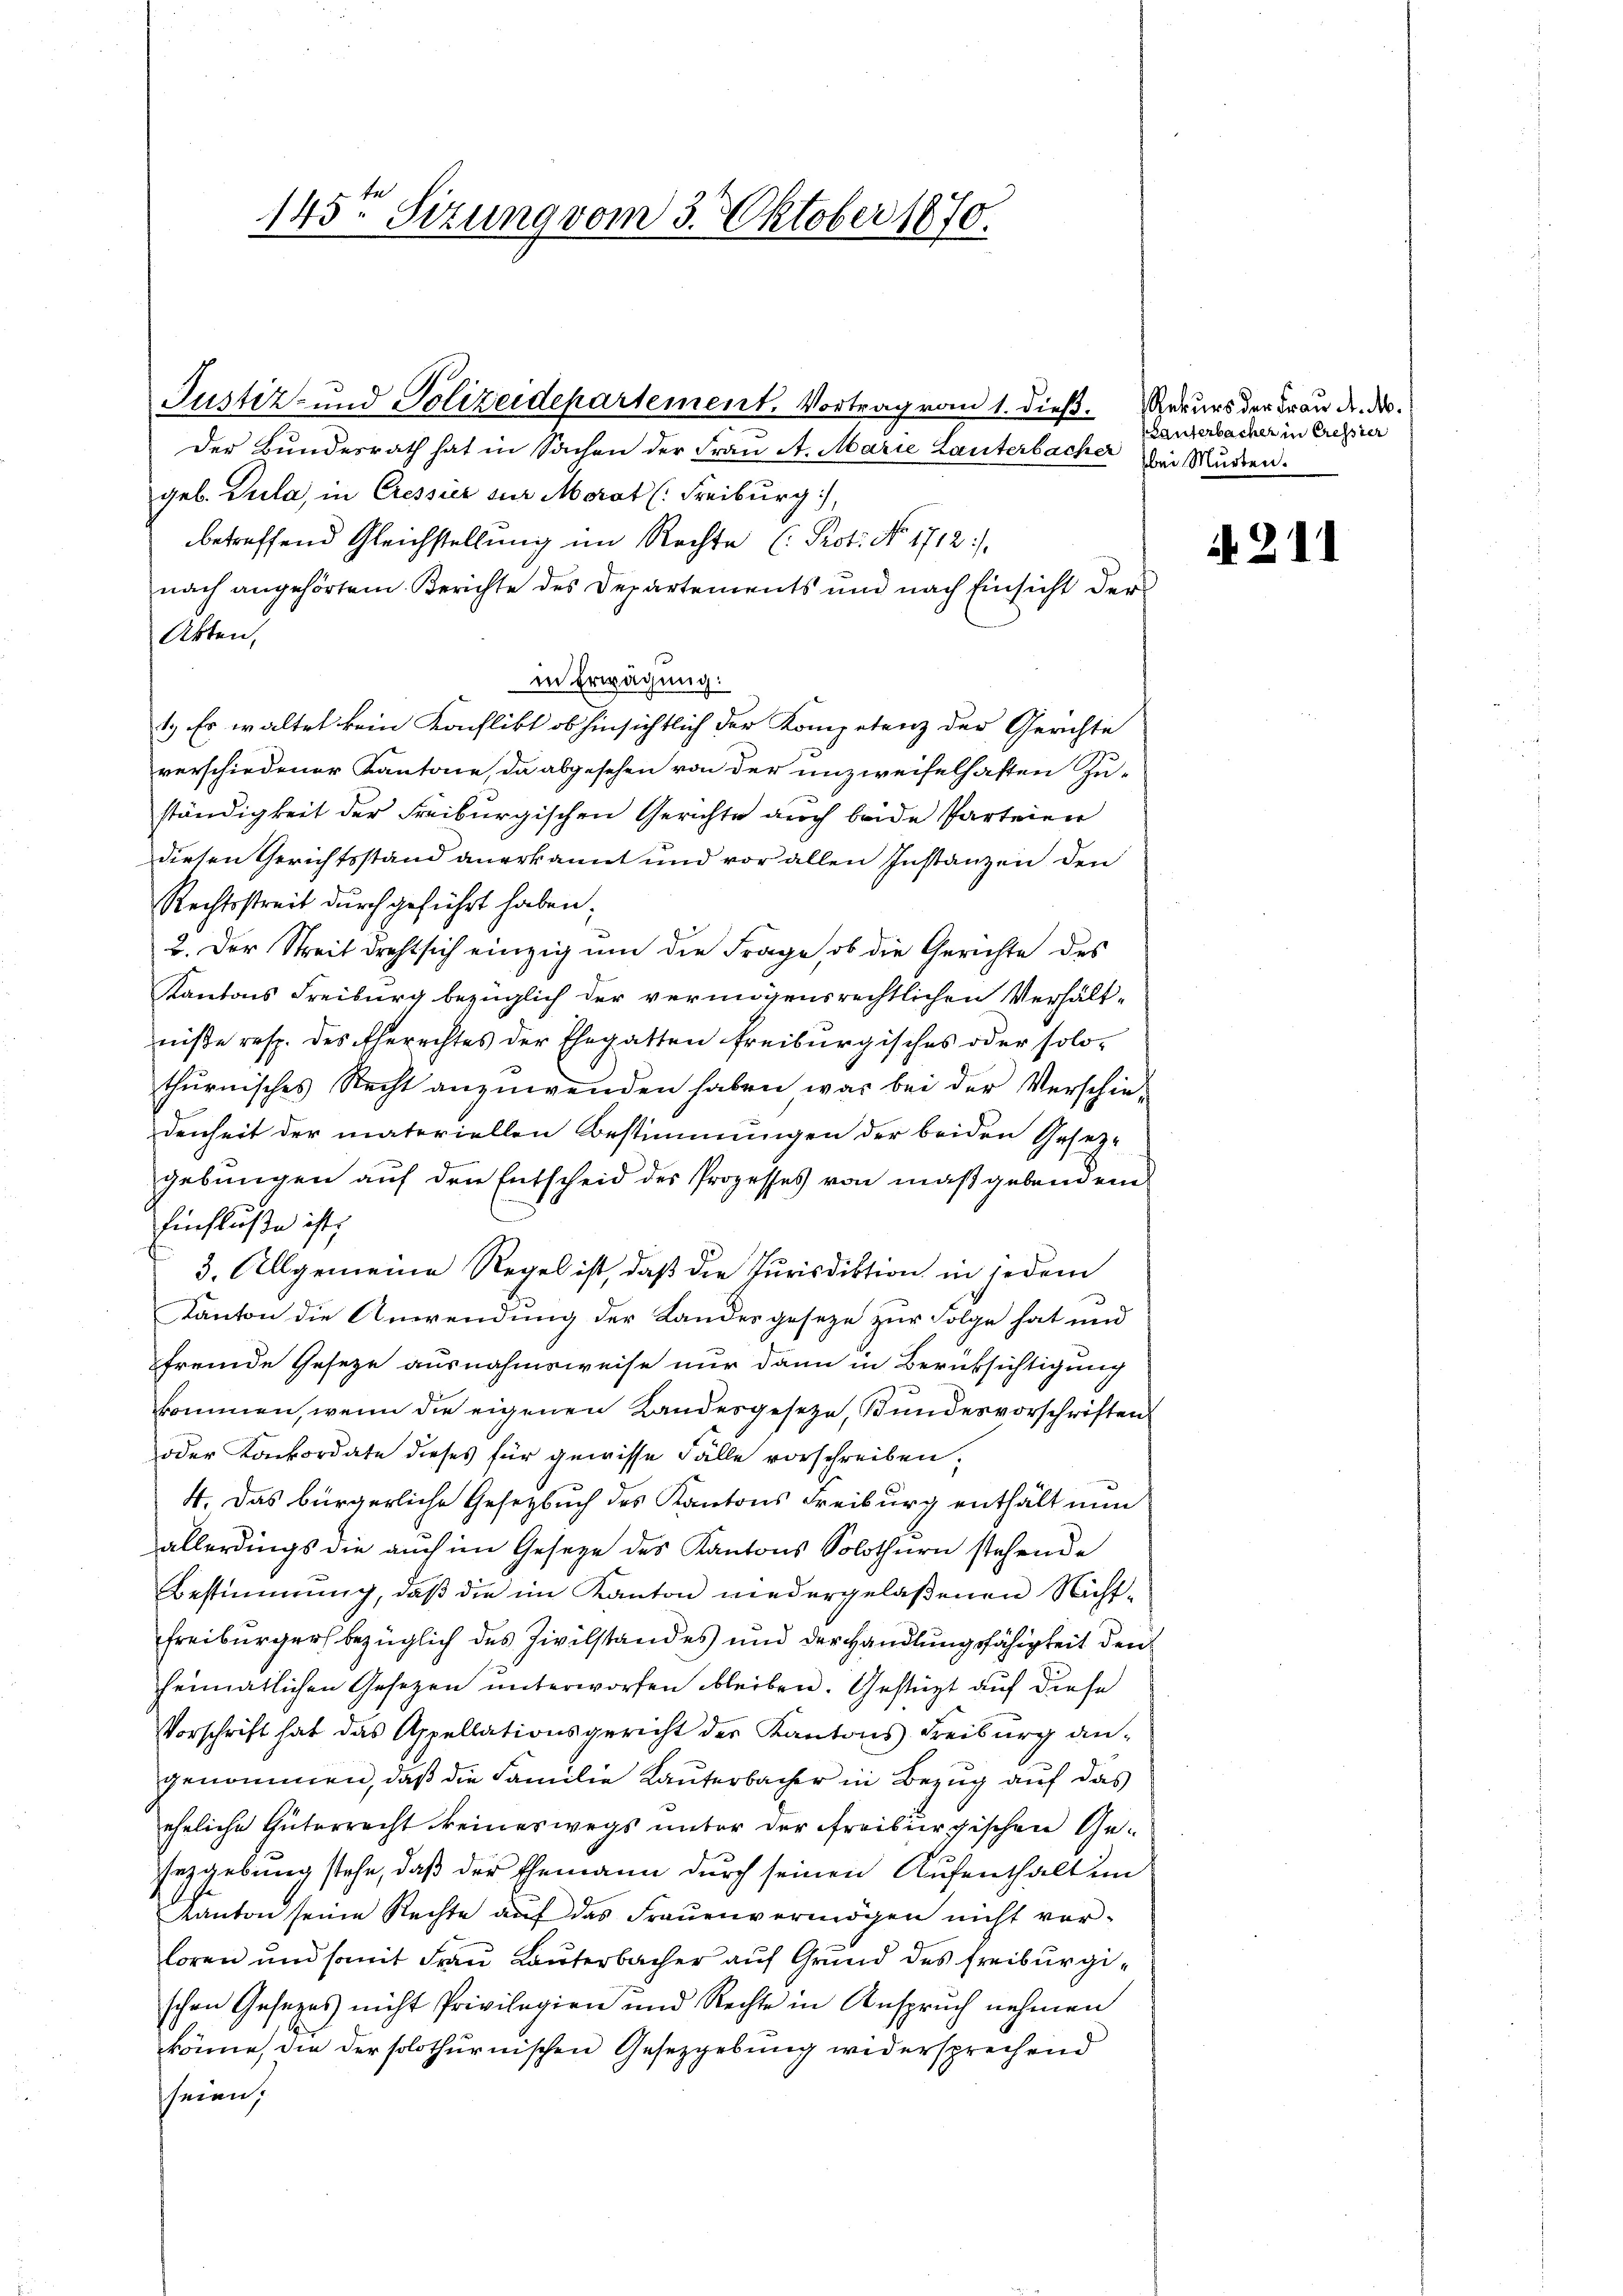
145. Sizung vom 3. Oktober 1870.

geb. Zula, in Cressier zur Morat (Freiburg),
betreffend Gleichstellung im Rechte (Prot. No. 1712).
nach angehörtem Berichte des Departements und nach Einsicht der
Akten,
in Erwägung.
1.) Es waltet kein Konflikt ob hinsichtlich der Kompetenz der Gerichte
verschiedener Kantone, da abgesehen von der unzweifelhaften Zu-
ständigkeit der Freiburgischen Gerichte auch beide Parteien
diesen Gerichtsstand anerkannt und vor allen Instanzen den
Rechtsstreit durch geführt haben.
2. Der Streit dreht sich einzig um die Frage, ob die Gerichte des
Kantons Freiburg bezüglich der vermögensrechtlichen Verhältniße resp. des Eherechtes der Ehegatten freiburgisches oder solo-
thurnisches Recht anzuwenden haben war bei der Verschie-
denheit der materiellen Bestimmungen der beiden Gesetz-
gebungen auf den Entscheid des Prozesses von maßgebenden
Einfluße ist,
3. Allgemeine Regel ist, daß die Purisdiktion in jedem
Kanton die Anwendung der Landesgeseze zur Folge hat und
fremde Geseze ausnahmsweise nur dann in Berücksichtigung
kommen, wenn die eigenen Landesgesetze, Bundesvorschriften
oder Konkordate dieses für gewisse Fälle vorschreiben.
4. Das bürgerliche Gesetzbuch des Kantons Freiburg enthält nun
allerdings die auch im Gesetze des Kantons Solothurn stehende
Bestimmung, daß die im Kanton niedergelaßenen Nicht¬
Freiburger bezüglich des Zivilstandes und der Handlungsfähigkeit den
heimatlichen Gesetzen unterworfen bleiben. Gestützt auf diese
Vorschrift hat das Appellationsgericht der Kantons Freiburg an-
genommen, daß die Familie Kauferbacher in Bezug auf das
eheliche Güterrecht keineswegs unter der freiburgischen Gesezgebung stehe, daß der Ehemann durch seinen Aufenthaltun
kanton seine Rechte auf das Frauenvermögen nicht vorloren und somit Frau Lauterbacher auf Grund des Freiburgischen Gesetzes nicht Privilegien und Rechte in Anspruch nehmen
könne, die der solothurnischen Gesetzgebung widersprechend
seien;

Justiz- und Polizeidepartement. Vortrag vom 1. dieß.
der Bundesrath hat in Sachen der Frau A. Marie Lauterbacher Meistunden.

Rekurs der Frau d. M.
Lanterbacher in Cressier

12